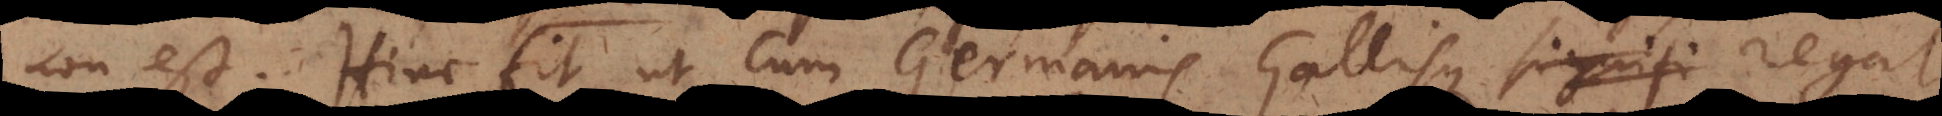
non est. Hinc fit ut cum Germanis Gallisque signifi regat